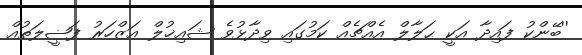
''ބޭންކު ފައިދާ އަކީ ޙަލާލް އެއްޗެއް ކަމުގައި ވިދާޅުވެ ޝައިޚުލް އަޒްހަރު ފަޟީލަތުއް